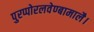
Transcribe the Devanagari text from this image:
पुरप्पोरलवेण्बामालै।